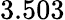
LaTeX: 3.503